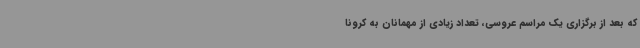
که بعد از برگزاری یک مراسم عروسی، تعداد زیادی از مهمانان به کرونا